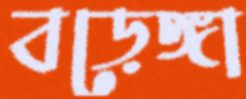
বড়েঙ্গা